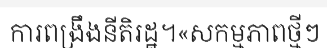
ការពង្រឹងនីតិរដ្ឋ។«សកម្មភាពថ្មីៗ